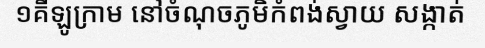
១គីឡូក្រាម នៅចំណុចភូមិកំពង់ស្វាយ សង្កាត់